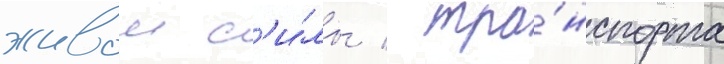
живои с'и́лы / тра́нспорта